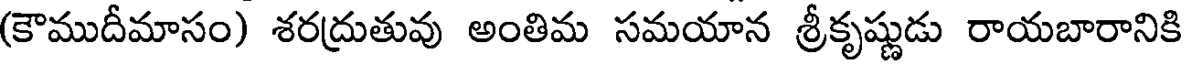
(కౌముదీమాసం) శరద్రుతువు అంతిమ సమయాన శ్రీకృష్ణుడు రాయబారానికి